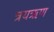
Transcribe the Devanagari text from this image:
त्रयऋण